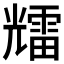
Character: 𱏰